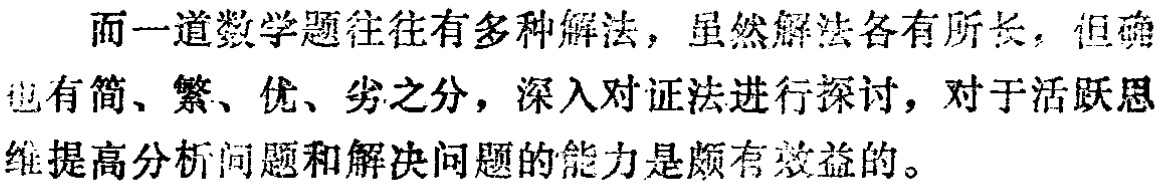
而一道数学题往往有多种解法，虽然解法各有所长，但确也有简、繁、优、劣之分，深入对证法进行探讨，对于活跃思维提高分析问题和解决问题的能力是颇有效益的。